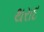
થરાદ